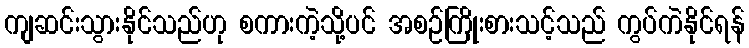
ကျဆင်းသွားနိုင်သည်ဟု စကားကဲ့သို့ပင် အစဉ်ကြိုးစားသင့်သည် ကွပ်ကဲနိုင်ရန်